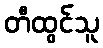
တီထွင်သူ